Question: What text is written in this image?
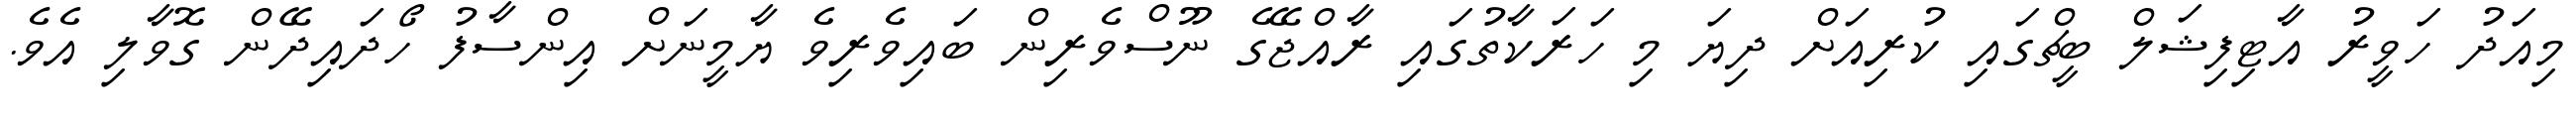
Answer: މިއަދު ހަވީރު އާޓިފިޝަލް ބީޗްގައި ކުރިއަށް ދިޔަ މި ހަރަކާތުގައި ރާއްޖޭގެ ނޫސްވެރިން ބައިވެރިވެ ޔާމީނަށް އިންސާފު ހޯދައިދޭން ގޮވާލި އެވެ.